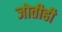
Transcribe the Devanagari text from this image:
जोतीही